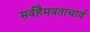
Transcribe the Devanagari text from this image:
सर्वहैमवताचार्य